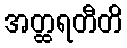
အတ္ထရတီတိ